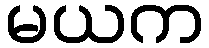
မယက